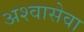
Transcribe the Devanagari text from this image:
अश्वासेवा